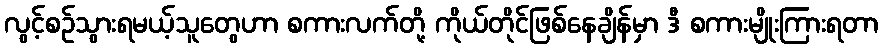
လွင့်စဉ်သွားရမယ့်သူတွေဟာ စကားလက်တို့ ကိုယ်တိုင်ဖြစ်နေချိန်မှာ ဒီ စကားမျိုးကြားရတာ